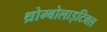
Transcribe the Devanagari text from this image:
थ्रोम्बोलाइटिक्स